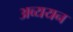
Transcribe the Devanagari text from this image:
अव्ययन